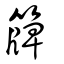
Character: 簰